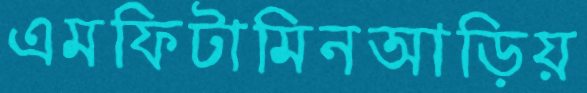
এমফিটামিনআড়িয়